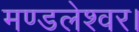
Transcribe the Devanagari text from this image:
मण्डलेश्वर।